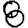
Digit: 8